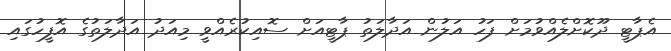
އެޕާޓީ ދޫކޮށްލެއްވުމަށް ފަހު އަލުން އަދާލަތު ޕާޓީއަށް ސޮއިކުރެއްވީ މިއަދު އަދާލަތުގެ އޮފީހުގައި